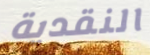
النقدية